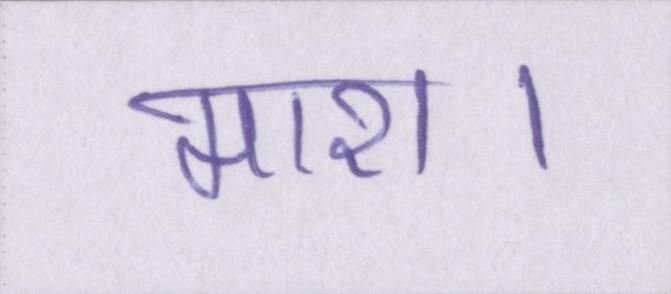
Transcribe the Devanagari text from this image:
मारा।